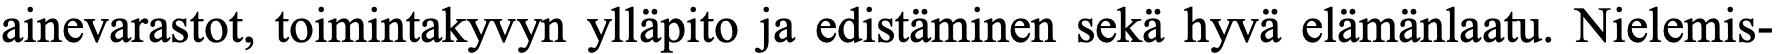
ainevarastot, toimintakyvyn ylläpito ja edistäminen sekä hyvä elämänlaatu. Nielemis-